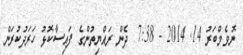
ނޮވެމްބަރު 14